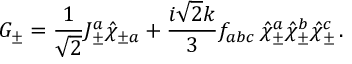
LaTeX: G _ { \pm } = \frac { 1 } { \sqrt 2 } J _ { \pm } ^ { a } \hat { \chi } _ { \pm a } + \frac { i \sqrt 2 k } { 3 } f _ { a b c } \, \hat { \chi } _ { \pm } ^ { a } \hat { \chi } _ { \pm } ^ { b } \hat { \chi } _ { \pm } ^ { c } \, .